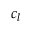
c _ { l }